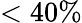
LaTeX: <40\%